Indian journal of veterinary science and animal husbandry - Volume 11,
Year: 1941
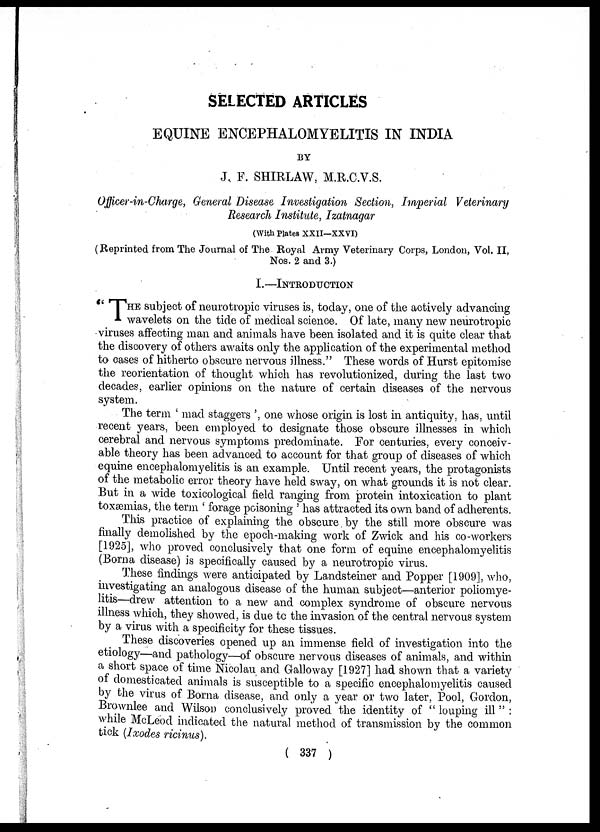
SELECTED ARTICLES
EQUINE ENCEPHALOMYELITIS IN INDIA
BY
J. F. SHIRLAW, M.R.C.V.S.
Officer-in-Charge, General Disease Investigation Section, Imperial Veterinary
Research Institute, Izatnagar
(With Plates XXII—XXVI)
(Reprinted from The Journal of The Royal Army Veterinary Corps, London, Vol. II,
Nos. 2 and 3.)
I. —INTRODUCTION
" THE subject of neurotropic viruses is, today, one of the actively advancing
wavelets on the tide of medical science. Of late, many new neurotropic
viruses affecting man and animals have been isolated and it is quite clear that
the discovery of others awaits only the application of the experimental method
to cases of hitherto obscure nervous illness." These words of Hurst epitomise
the reorientation of thought which has revolutionized, during the last two
decades, earlier opinions on the nature of certain diseases of the nervous
system.
The term ' mad staggers ', one whose origin is lost in antiquity, has, until
recent years, been employed to designate those obscure illnesses in which
cerebral and nervous symptoms predominate. For centuries, every conceiv-
able theory has been advanced to account for that group of diseases of which
equine encephalomyelitis is an example. Until recent years, the protagonists
of the metabolic error theory have held sway, on what grounds it is not clear.
But in a wide toxicological field ranging from protein intoxication to plant
toxæmias, the term ' forage poisoning ' has attracted its own band of adherents.
This practice of explaining the obscure by the still more obscure was
finally demolished by the epoch-making work of Zwick and his co-workers
[1925], who proved conclusively that one form of equine encephalomyelitis
(Borna disease) is specifically caused by a neurotropic virus.
These findings were anticipated by Landsteiner and Popper [1909], who,
investigating an analogous disease of the human subject—anterior poliomye-
litis—drew attention to a new and complex syndrome of obscure nervous
illness which, they showed, is due to the invasion of the central nervous system
by a virus with a specificity for these tissues.
These discoveries opened up an immense field of investigation into the
etiology—and pathology—of obscure nervous diseases of animals, and within
a short space of time Nicolau and Galloway [1927] had shown that a variety
of domesticated animals is susceptible to a specific encephalomyelitis caused
by the virus of Borna disease, and only a year or two later, Pool, Gordon,
Brownlee and Wilson conclusively proved the identity of " louping ill " :
while McLeod indicated the natural method of transmission by the common
tick (Ixodes ricinus).
( 337 )